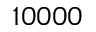
1 0 0 0 0